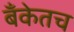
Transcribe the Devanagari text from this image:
बँकेतच